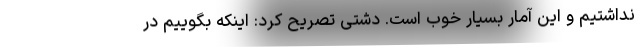
نداشتیم و این آمار بسیار خوب است. دشتی تصریح کرد: اینکه بگوییم در